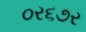
૦ર૬૭ર